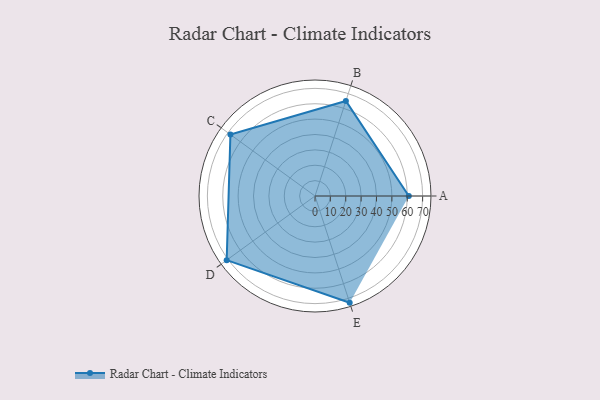
{"axis": {"x": "Skill", "y": "Score"}, "legend": ["Profile"], "data": [{"x": "A", "y": 61.0, "type": "Profile"}, {"x": "B", "y": 65.0, "type": "Profile"}, {"x": "C", "y": 68.0, "type": "Profile"}, {"x": "D", "y": 71.0, "type": "Profile"}, {"x": "E", "y": 73.0, "type": "Profile"}]}